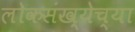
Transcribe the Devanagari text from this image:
लोकसंख्‍येच्‍या